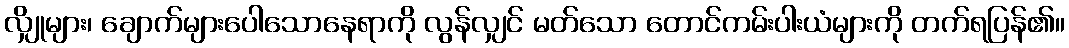
လျှိုများ၊ ချောက်များပေါသောနေရာကို လွန်လျှင် မတ်သော တောင်ကမ်းပါးယံများကို တက်ရပြန်၏။